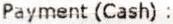
PAYMENT (CASH) :